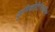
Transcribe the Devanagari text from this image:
कृमिकोटिभिराविष्टं